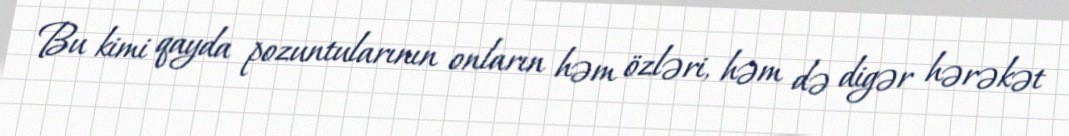
Bu kimi qayda pozuntularının onların həm özləri, həm də digər hərəkət